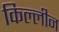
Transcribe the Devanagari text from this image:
किल्लीन